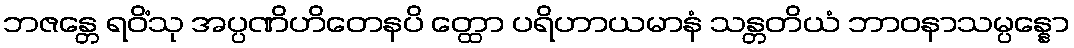
ဘဇန္တေ ရဝိံသု အပ္ပဏိဟိတေနပိ တ္ထော ပရိဟာယမာနံ သန္တတိယံ ဘာဝနာသမ္ပန္နော